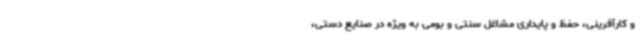
و کارآفرینی، حفظ و پایداری مشاغل سنتی و بومی به ویژه در صنایع دستی،